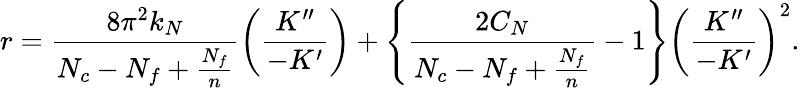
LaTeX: r=\frac{8\pi^{2}k_{N}}{N_{c}-N_{f}+\frac{N_{f}}{n}}\left(\frac{K^{\prime\prime}}{-K^{\prime}}\right)+\left\{ \frac{2C_{N}}{N_{c}-N_{f}+\frac{N_{f}}{n}}-1\right\} \left(\frac{K^{\prime\prime}}{-K^{\prime}}\right)^{2}.